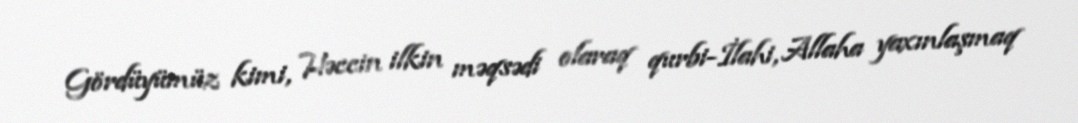
Gördüyümüz kimi, Həccin ilkin məqsədi olaraq qurbi-İlahi, Allaha yaxınlaşmaq